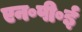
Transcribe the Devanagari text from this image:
एन॰पी॰ई